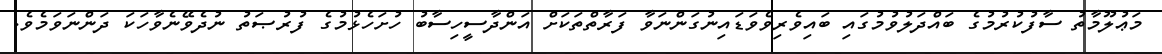
މަޢުލޫމާތު ސާފުކުރުމުގެ ބައްދަލުވުމުގައި ބައިވެރިވެވަޑައިނުގަންނަވާ ފަރާތްތަކަށް އަންދާސީހިސާބު ހުށަހެޅުމުގެ ފުރުޞަތު ނުދެވޭނެވާހަކަ ދަންނަވަމެވެ.